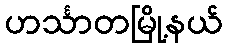
ဟင်္သာတမြို့နယ်